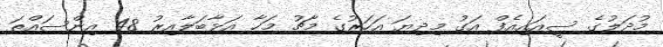
މުދަލުގެ ސީއައިއެފް އަގު މިދިޔަ އަހަރުގެ މާޗު މަހާ އަޅާބަލާއިރު 48 އިންސައްތަ